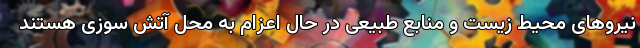
نیروهای محیط زیست و منابع طبیعی در حال اعزام به محل آتش سوزی هستند